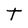
Character: t